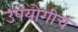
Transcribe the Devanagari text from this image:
उपयोगीच